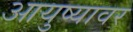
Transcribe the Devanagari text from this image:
आयुष्‍यावर